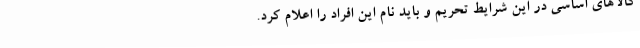
کالاهای اساسی در این شرایط تحریم و باید نام این افراد را اعلام کرد.